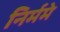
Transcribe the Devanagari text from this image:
निर्ममे